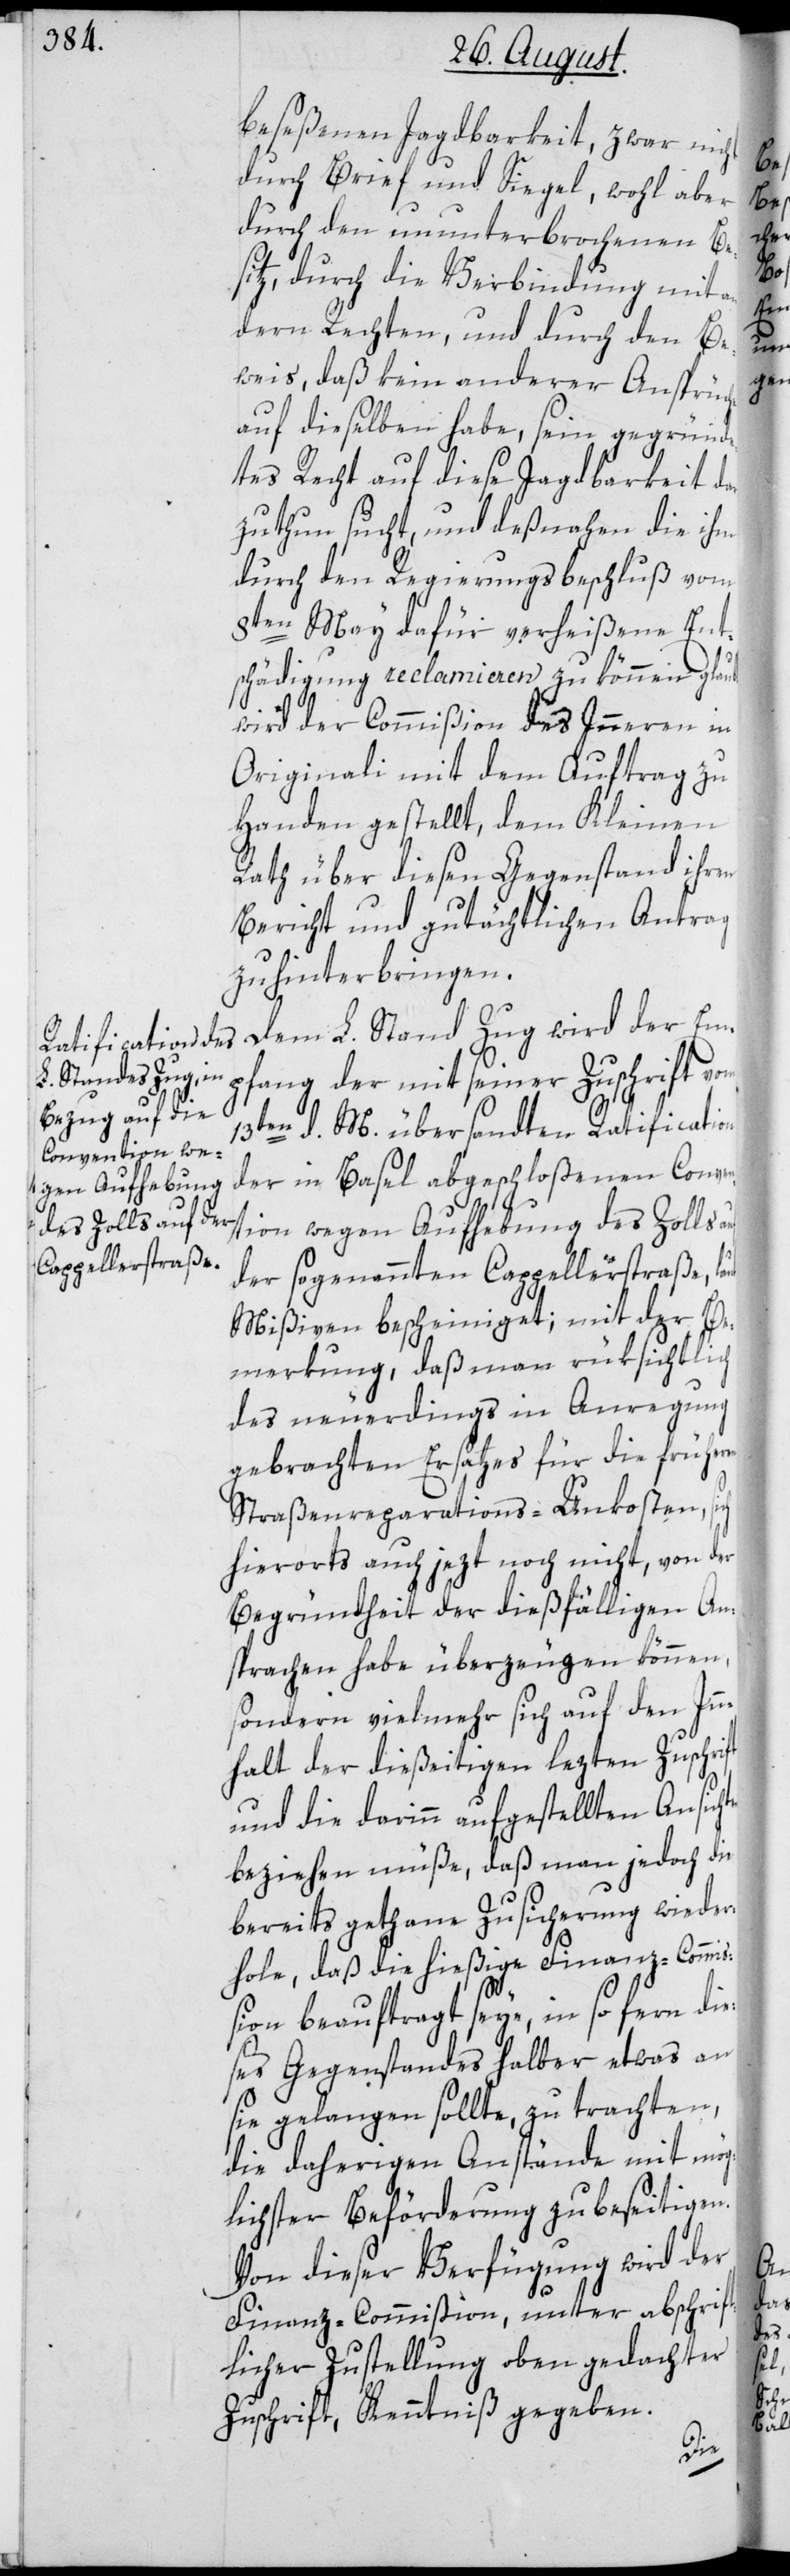
beseßenen Jagdbarkeit, zwar nicht
durch Brief und Siegel, wohl aber
durch den ununterbrochenen Be¬
sitz, durch die Verbindung mit a¬
ndern Rechten, und durch den Be¬
weis, daß kein anderer Ansprüche
auf dieselben habe, sein gegründ¬
etes Recht auf diese Jagdbarkeit da¬
rzuthun sucht, und deßnahen die ihm
durch den Regierungsbeschluß vom
8ten May dafür verheißene Ent¬
schädigung reclamieren zu können glaubt,
wird der Commißion des Innern in
Originali mit dem Azuftrag zu
Handen gestellt, dem Kleinen
Rath über diesen Gegenstand ihren
Bericht und gutächtlichen Antrag
zu hinterbringen.
Dem L. Stand Zug wird der Em¬
pfang der mit seiner Zuschrift vom
13ten d. M. übersandten Ratification
der in Basel abgeschloßenen Conven¬
tion wegen Aufhebung des Zolls
der sogenannten Cappellerstraße,
Mißiven bescheiniget; mit der Be¬
merkung, daß man rüksichtlich
des neuerdings in Anregung
gebrachten Ersatzes für die früheren
Straßenreparations-Unkosten,
hierorts auch jezt noch nicht, von der
Begründtheit der dießfälligen An¬
sprachen habe überzeugen können,
sondern vielmehr sich auf den Inn¬
halt der dießeitigen lezten Zuschrift
und die darinn aufgestellten Ansich¬
beziehen müße, daß man jedoch die
bereits gethane Zusicherung wieder¬
hole, daß die hießige Finanz-Commi¬
ßion beauftragt seye, in so fern die¬
ses Gegenstandes halber etwas an
sie gelangen sollte, zu trachten,
die daherigen Anstände mit mög¬
lichster Beförderung zu beseitigen.
Von dieser Verfügung wird der
Finanz-Commißion, unter abschrift¬
licher Zustellung oben gedachter
Zuschrift, Kenntniß gegeben.

ten